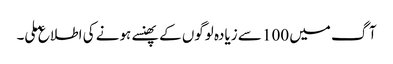
آگ میں 100 سے زیادہ لوگوں کے پھنسے ہونے کی اطلاع ملی۔